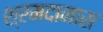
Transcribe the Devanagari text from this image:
श्रमदानास